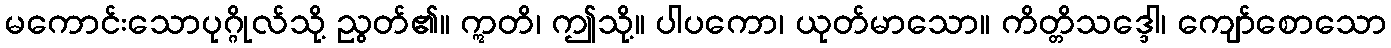
မကောင်းသောပုဂ္ဂိုလ်သို့ ညွတ်၏။ ဣတိ၊ ဤသို့။ ပါပကော၊ ယုတ်မာသော။ ကိတ္တိသဒ္ဒေါ၊ ကျော်စောသော